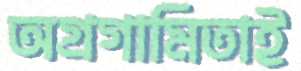
অগ্রগামিতাই